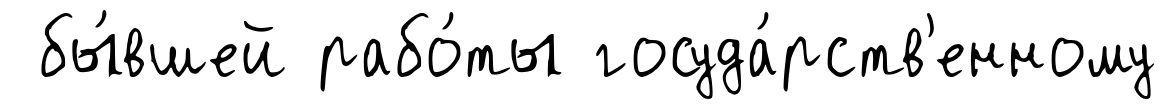
бы́вшей рабо́ты госуда́рств'енному